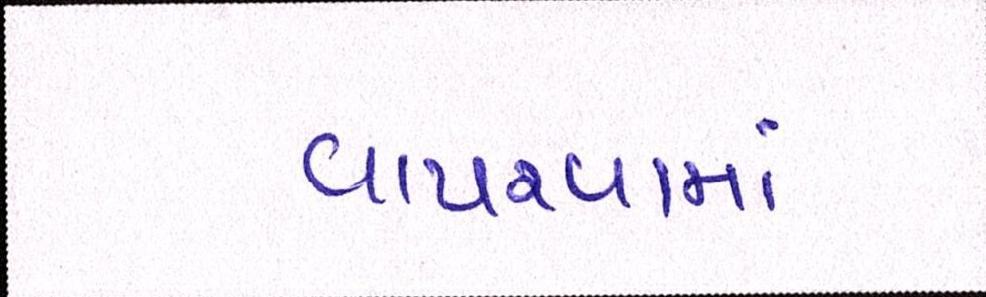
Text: વાપરવામાં